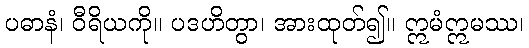
ပဓာနံ၊ ဝီရိယကို။ ပဒဟိတွာ၊ အားထုတ်၍။ ဣမံဣမဿ၊